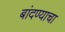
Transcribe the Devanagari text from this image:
बांदण्याचा